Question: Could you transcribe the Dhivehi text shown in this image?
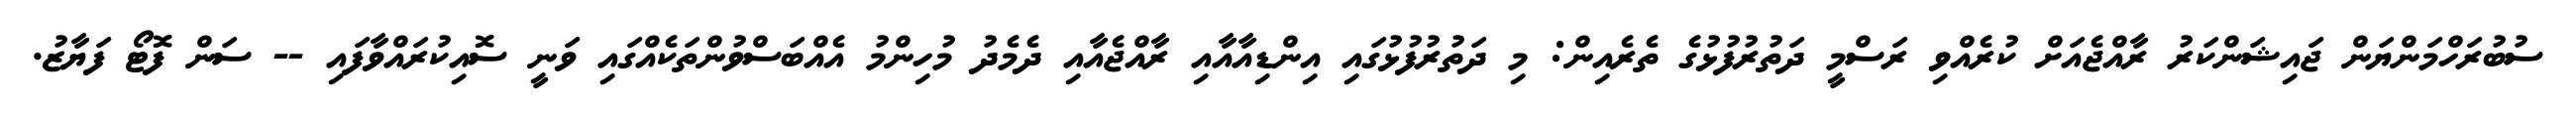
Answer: ސުބުރަހްމަންޔަން ޖައިޝަންކަރު ރާއްޖެއަށް ކުރެއްވި ރަސްމީ ދަތުރުފުޅުގެ ތެރެއިން: މި ދަތުރުފުޅުގައި އިންޑިއާއާއި ރާއްޖެއާއި ދެމެދު މުހިންމު އެއްބަސްވުންތަކެއްގައި ވަނީ ސޮއިކުރައްވާފައި -- ސަން ފޮޓޯ ފަޔާޒު.